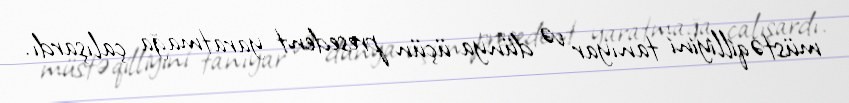
müstəqilliyini tanıyar və dünya üçün presedent yaratmağa çalışardı.